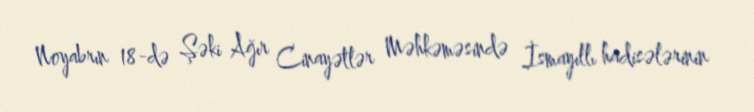
Noyabrın 18-də Şəki Ağır Cinayətlər Məhkəməsində İsmayıllı hadisələrinin